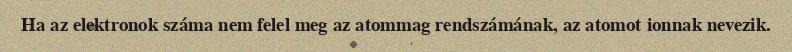
Ha az elektronok száma nem felel meg az atommag rendszámának, az atomot ionnak nevezik.